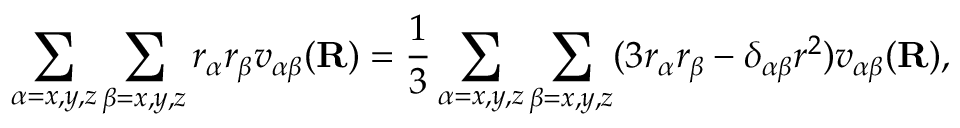
\sum _ { \alpha = x , y , z } \sum _ { \beta = x , y , z } r _ { \alpha } r _ { \beta } v _ { \alpha \beta } ( \mathbf { R } ) = { \frac { 1 } { 3 } } \sum _ { \alpha = x , y , z } \sum _ { \beta = x , y , z } ( 3 r _ { \alpha } r _ { \beta } - \delta _ { \alpha \beta } r ^ { 2 } ) v _ { \alpha \beta } ( \mathbf { R } ) ,